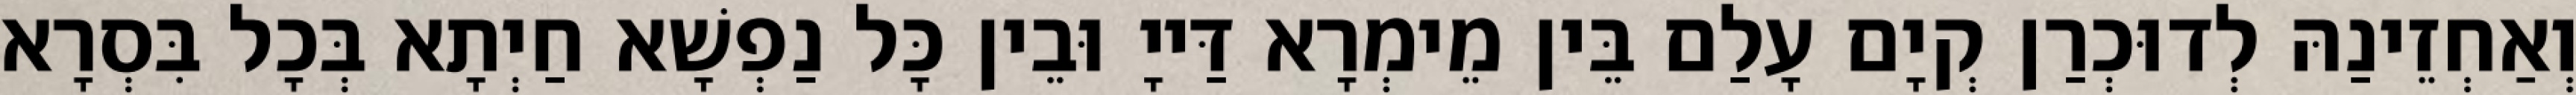
וְאַחְזֵינַהּ לְדוּכְרַן קְיָם עָלַם בֵּין מֵימְרָא דַּייָ וּבֵין כָּל נַפְשָׁא חַיְתָא בְּכָל בִּסְרָא